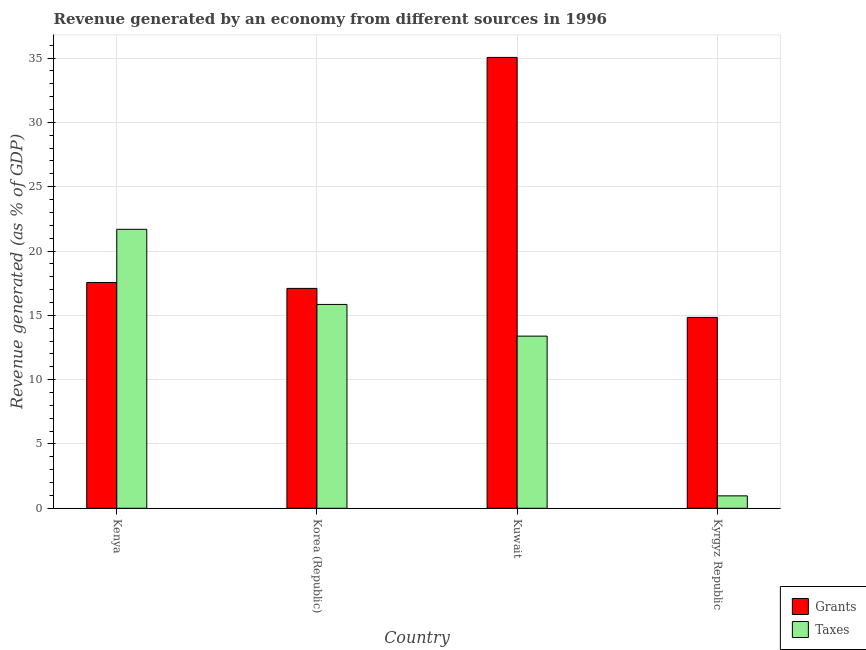
| Country | Grants | Taxes |
 | --- | --- | --- |
 | Kenya | 17.6 | 21.7 |
 | Korea (Republic) | 17.1 | 15.8 |
 | Kuwait | 35.1 | 13.4 |
 | Kyrgyz Republic | 14.8 | 0.965 |